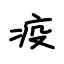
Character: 疫